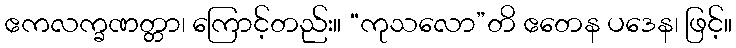
ဧကလက္ခဏတ္တာ၊ ကြောင့်တည်း။ “ကုသလော”တိ ဧတေန ပဒေန၊ ဖြင့်။